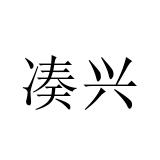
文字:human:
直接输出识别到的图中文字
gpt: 凑兴